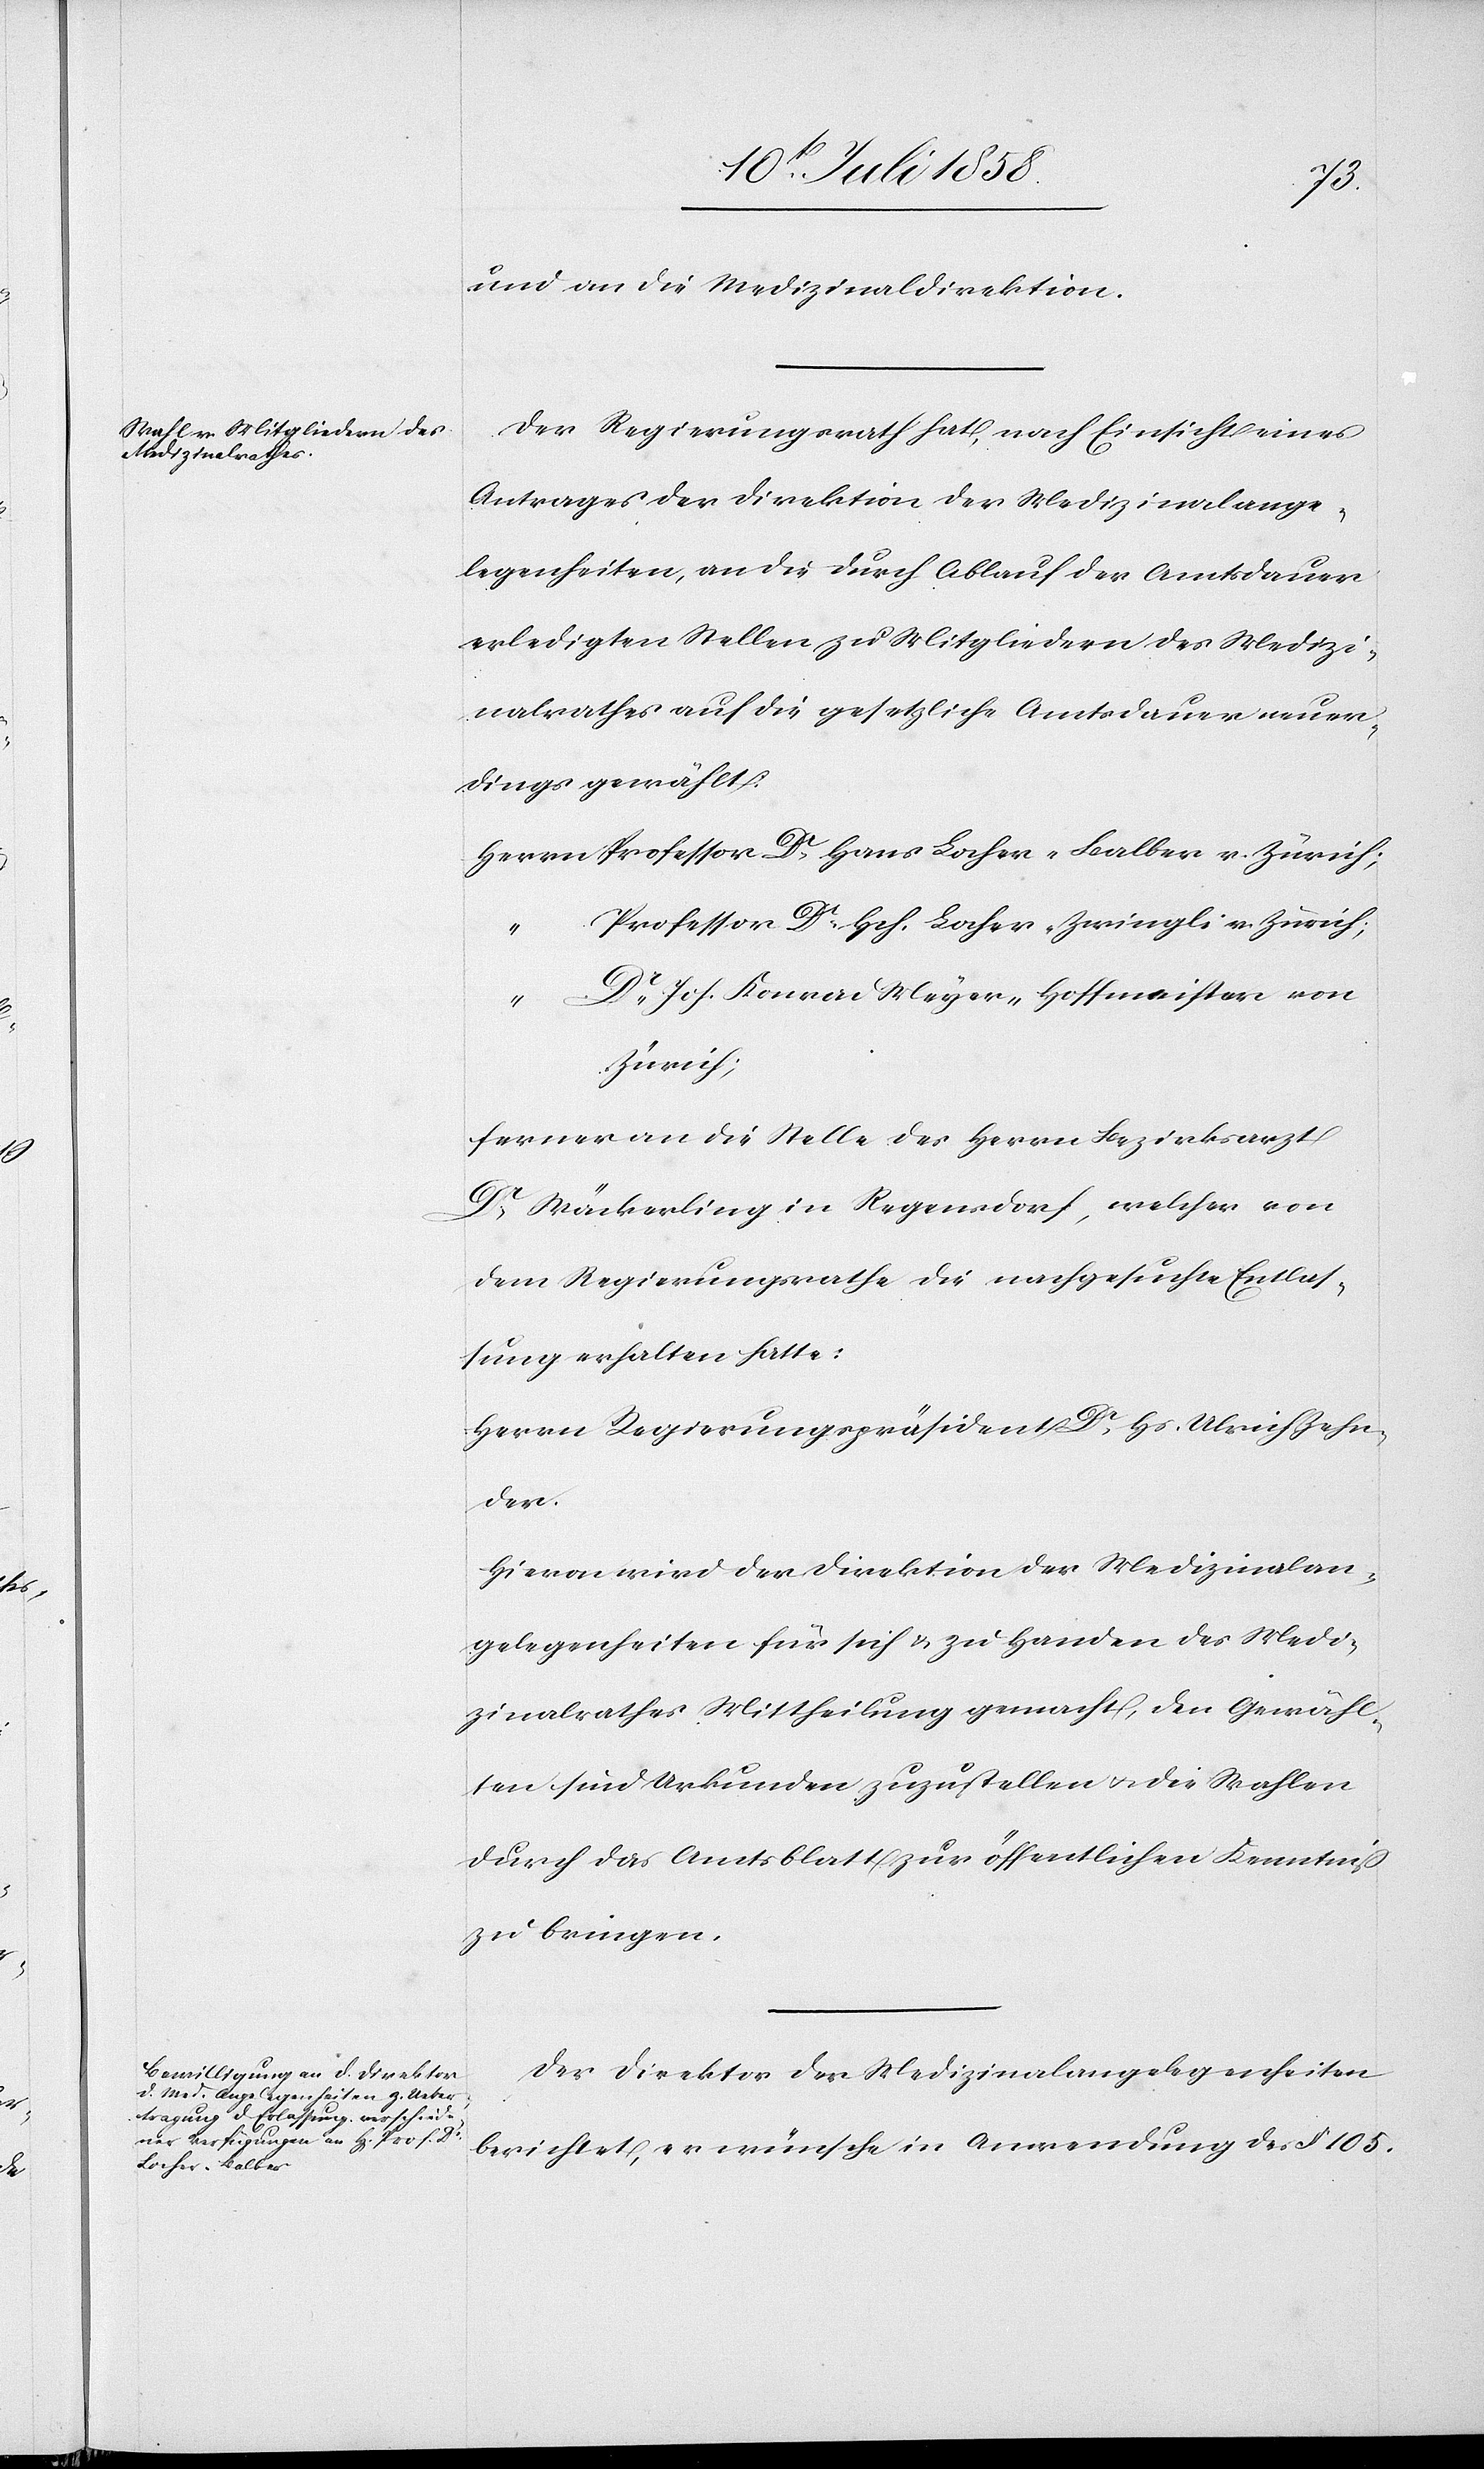
und an die Medizinaldirektion.
Der Regierungsrath hat, nach Einsicht eines
Antrages der Direktion der Medizinalange¬
legenheiten, an die durch Ablauf der Amtsdauer
erledigten Stellen zu Mitgliedern des Medizi¬
nalrathes auf die gesetzliche Amtsdauer neuer¬
dings gewählt:
Herrn Professor Dr. Hans Locher-Balber v. Zürich;
Professor Dr. Hch. Locher-Zwingli v. Zürich;
“
Dr. Joh. Konrad Meyer-Hoffmeister von
Zürich;
ferner an die Stelle des Herrn Bezirksarzt
Dr. Wäckerling in Regensdorf, welcher von
dem Regierungsrathe die nachgesuchte Entlas¬
sung erhalten hatte:
Herrn Regierungspräsident Dr. Hs. Ulrich Zehn¬
der.
Hievon wird der Direktion der Medizinalan¬
gelegenheiten für sich & zu Handen des Medi¬
zinalrathes Mittheilung gemacht, den Gewähl¬
ten sind Urkunden zuzustellen & die Wahlen
durch das Amtsblatt zur öffentlichen Kenntniß
zu bringen.
Der Direktor der Medizinalangelegenheiten
berichtet, er wünsche in Anwendung des § 105.